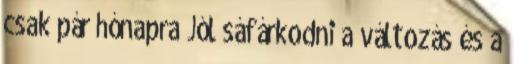
csak pár hónapra Jól sáfárkodni a változás és a